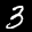
Label: 3